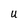
Character: U